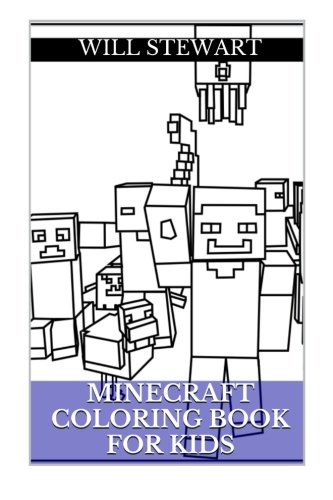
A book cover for Minecraft Coloring Book: Learning, Amazing and Fun Minecraft Coloring Pages for Increasing Social Skills (Volume 2); Will Stewart; Humor & Entertainment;